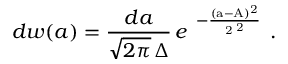
d w ( a ) = \frac { d a } { \sqrt { 2 \pi } \, \Delta } \, e ^ { \mathrm { \large ~ - \frac { ( a - A ) ^ { 2 } } { 2 \Delta ^ { 2 } } ~ } } .